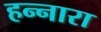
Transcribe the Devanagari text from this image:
हन्नारा